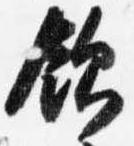
飲